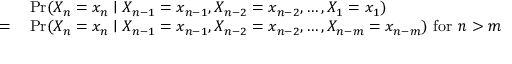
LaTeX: \begin{array} { r l } { { } } & { { } \operatorname* { P r } ( X _ { n } = x _ { n } \mid X _ { n - 1 } = x _ { n - 1 } , X _ { n - 2 } = x _ { n - 2 } , \dots , X _ { 1 } = x _ { 1 } ) } \\ { = } & { { } \operatorname* { P r } ( X _ { n } = x _ { n } \mid X _ { n - 1 } = x _ { n - 1 } , X _ { n - 2 } = x _ { n - 2 } , \dots , X _ { n - m } = x _ { n - m } ) { \mathrm { ~ f o r ~ } } n > m } \end{array}